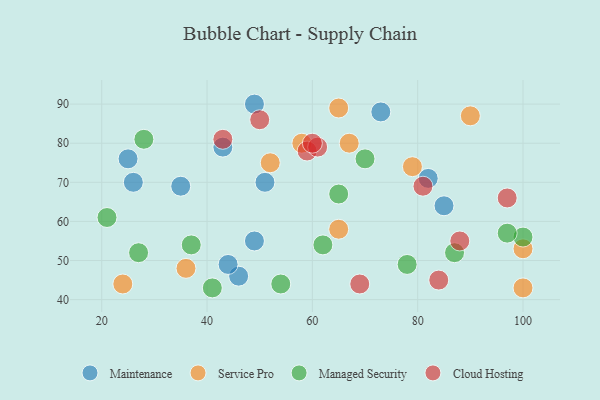
{"axis": {"x": "GDP", "y": "Life Expectancy"}, "legend": ["Cloud Hosting", "Maintenance", "Managed Security", "Service Pro"], "data": [{"x": "35", "y": 69, "type": "Maintenance"}, {"x": "46", "y": 46, "type": "Maintenance"}, {"x": "82", "y": 71, "type": "Maintenance"}, {"x": "49", "y": 90, "type": "Maintenance"}, {"x": "44", "y": 49, "type": "Maintenance"}, {"x": "26", "y": 70, "type": "Maintenance"}, {"x": "49", "y": 55, "type": "Maintenance"}, {"x": "51", "y": 70, "type": "Maintenance"}, {"x": "85", "y": 64, "type": "Maintenance"}, {"x": "43", "y": 79, "type": "Maintenance"}, {"x": "25", "y": 76, "type": "Maintenance"}, {"x": "73", "y": 88, "type": "Maintenance"}, {"x": "58", "y": 80, "type": "Service Pro"}, {"x": "24", "y": 44, "type": "Service Pro"}, {"x": "67", "y": 80, "type": "Service Pro"}, {"x": "36", "y": 48, "type": "Service Pro"}, {"x": "79", "y": 74, "type": "Service Pro"}, {"x": "90", "y": 87, "type": "Service Pro"}, {"x": "65", "y": 89, "type": "Service Pro"}, {"x": "52", "y": 75, "type": "Service Pro"}, {"x": "65", "y": 58, "type": "Service Pro"}, {"x": "100", "y": 43, "type": "Service Pro"}, {"x": "100", "y": 53, "type": "Service Pro"}, {"x": "87", "y": 52, "type": "Managed Security"}, {"x": "78", "y": 49, "type": "Managed Security"}, {"x": "27", "y": 52, "type": "Managed Security"}, {"x": "100", "y": 56, "type": "Managed Security"}, {"x": "28", "y": 81, "type": "Managed Security"}, {"x": "37", "y": 54, "type": "Managed Security"}, {"x": "62", "y": 54, "type": "Managed Security"}, {"x": "54", "y": 44, "type": "Managed Security"}, {"x": "41", "y": 43, "type": "Managed Security"}, {"x": "21", "y": 61, "type": "Managed Security"}, {"x": "65", "y": 67, "type": "Managed Security"}, {"x": "97", "y": 57, "type": "Managed Security"}, {"x": "70", "y": 76, "type": "Managed Security"}, {"x": "84", "y": 45, "type": "Cloud Hosting"}, {"x": "59", "y": 78, "type": "Cloud Hosting"}, {"x": "69", "y": 44, "type": "Cloud Hosting"}, {"x": "81", "y": 69, "type": "Cloud Hosting"}, {"x": "61", "y": 79, "type": "Cloud Hosting"}, {"x": "88", "y": 55, "type": "Cloud Hosting"}, {"x": "43", "y": 81, "type": "Cloud Hosting"}, {"x": "60", "y": 80, "type": "Cloud Hosting"}, {"x": "97", "y": 66, "type": "Cloud Hosting"}, {"x": "50", "y": 86, "type": "Cloud Hosting"}]}